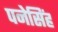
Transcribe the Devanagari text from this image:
पनेसिंह